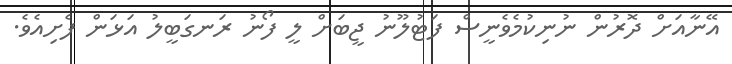
އޭނާއަށް ދޮރުން ނުނިކުމެވެނީސް ފަޓުލޫނު ޖީބަށް ލީ ފޯނު ރަނގަބީލު އަޅަން ފެށިއެވެ.